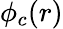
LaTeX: \phi_{c}(r)